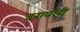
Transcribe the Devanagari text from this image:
दरावली